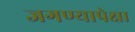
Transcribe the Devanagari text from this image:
जगण्यापेक्षा